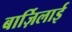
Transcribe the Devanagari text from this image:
बार्ज़िलाई